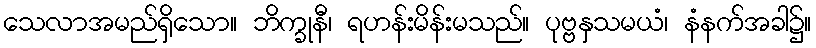
သေလာအမည်ရှိသော။ ဘိက္ခုနီ၊ ရဟန်းမိန်းမသည်။ ပုဗ္ဗနှသမယံ၊ နံနက်အခါ၌။